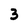
Character: 3